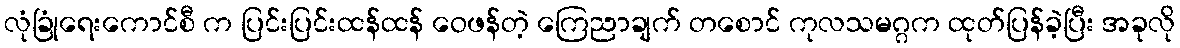
လုံခြုံရေးကောင်စီ က ပြင်းပြင်းထန်ထန် ဝေဖန်တဲ့ ကြေညာချက် တစောင် ကုလသမဂ္ဂက ထုတ်ပြန်ခဲ့ပြီး အခုလို